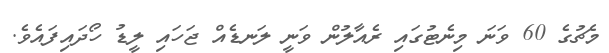
މެޗުގެ 60 ވަނަ މިނެޓުގައި ރެއާލުން ވަނީ ލަނޑެއް ޖަހައި ލީޑު ހޯދައިފައެވެ.